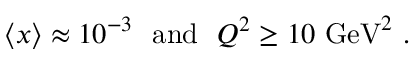
\langle x \rangle \approx 1 0 ^ { - 3 } ~ ~ \mathrm { a n d } ~ ~ Q ^ { 2 } \ge 1 0 ~ \mathrm { G e V } ^ { 2 } \ .